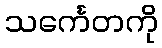
သင်္ကေတကို